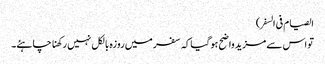
الصیام فی السفر)
تو اس سے مزید واضح ہوگیاکہ سفر میں روزہ بالکل نہیں رکھنا چاہئے۔